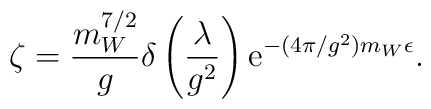
\zeta=\frac{m_W^{7/2}}{g}\delta\left(\frac{\lambda}{g^2}\right){\rm e}^{-(4\pi/g^2)m_W\epsilon}.